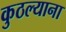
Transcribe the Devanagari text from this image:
कुठल्याना